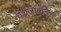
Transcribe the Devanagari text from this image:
वंशजांकडेच